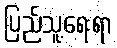
ပြည်သူ့ရေးရာ